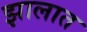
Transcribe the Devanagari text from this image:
झालात